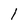
Character: l